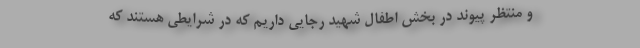
و منتظر پیوند در بخش اطفال شهید رجایی داریم که در شرایطی هستند که